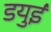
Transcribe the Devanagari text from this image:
डयुई